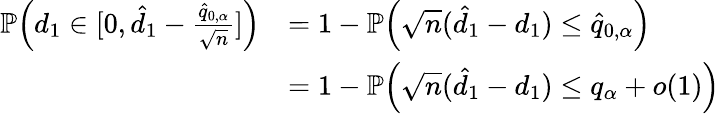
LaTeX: \begin{array}{rl}{\mathbb{P}\Big(d_{1}\in[0,\hat{d}_{1}-\frac{\hat{q}_{0,\alpha}}{\sqrt{n}}]\Big)}&{=1-\mathbb{P}\Big(\sqrt{n}(\hat{d}_{1}-d_{1})\leq\hat{q}_{0,\alpha}\Big)}\\ &{=1-\mathbb{P}\Big(\sqrt{n}(\hat{d}_{1}-d_{1})\leq q_{\alpha}+o(1)\Big)}\end{array}